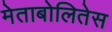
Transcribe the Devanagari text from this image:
मेताबोलितेस